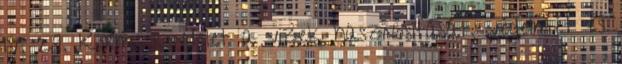
IV. 29. Korm. rendelet a vizek hasznosítását, védelmét és